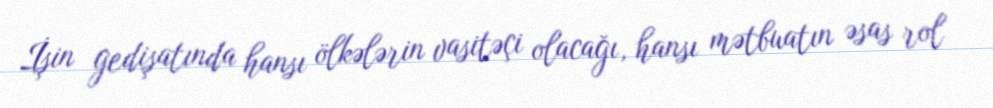
İşin gedişatında hansı ölkələrin vasitəçi olacağı, hansı mətbuatın əsas rol